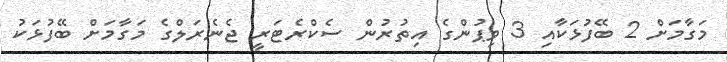
މަގާމަށް 2 ބޭފުޅަކާއި 3 ވިޕުންގެ އިތުރުން ސެކްރެޓަރީ ޖެނެރަލްގެ މަގާމަށް ބޭފުޅަކު